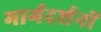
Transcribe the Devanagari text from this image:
मार्गदर्शनों